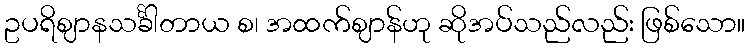
ဥပရိဈာနသင်္ခါတာယ စ၊ အထက်ဈာန်ဟု ဆိုအပ်သည်လည်း ဖြစ်သော။